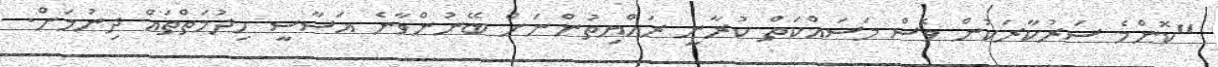
"ކޮންމެ ސަރުކާރަކުން ވެސް މަސައްކަތް ކުރާނީ ރައްޔިތުންނަށް ބޭނުންވާނެ އަސާސީ ހިދުމަތްތައް ދިނުމަށް.